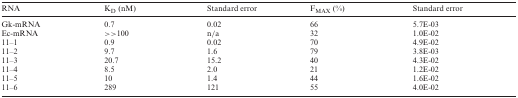
<table><thead><tr><td><b>RNA</b></td><td><b>K<sub>D</sub> (nM)</b></td><td><b>Standard error</b></td><td><b>F<sub>MAX</sub> (%)</b></td><td><b>Standard error</b></td></tr></thead><tbody><tr><td>Gk-mRNA</td><td>0.7</td><td>0.02</td><td>66</td><td>5.7E-03</td></tr><tr><td>Ec-mRNA</td><td>&gt;&gt;100</td><td>n/a</td><td>32</td><td>1.0E-02</td></tr><tr><td>11–1</td><td>0.9</td><td>0.02</td><td>70</td><td>4.9E-02</td></tr><tr><td>11–2</td><td>9.7</td><td>1.6</td><td>79</td><td>3.8E-03</td></tr><tr><td>11–3</td><td>20.7</td><td>15.2</td><td>40</td><td>4.3E-02</td></tr><tr><td>11–4</td><td>8.5</td><td>2.0</td><td>21</td><td>1.2E-02</td></tr><tr><td>11–5</td><td>10</td><td>1.4</td><td>44</td><td>1.6E-02</td></tr><tr><td>11–6</td><td>289</td><td>121</td><td>55</td><td>4.0E-02</td></tr></tbody></table>